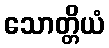
သောတ္တိယံ